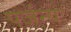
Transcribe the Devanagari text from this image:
पर्जन्यः